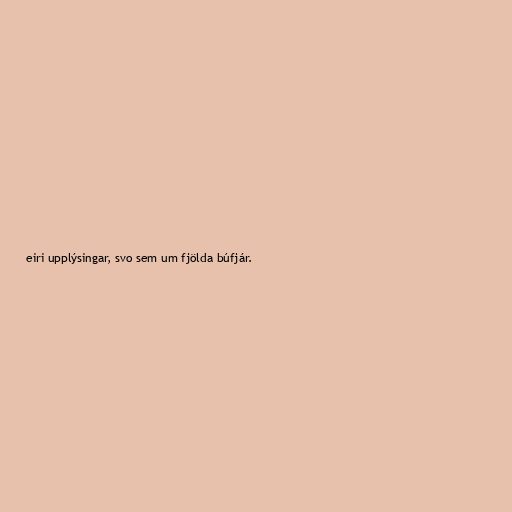
eiri upplýsingar, svo sem um fjölda búfjár.